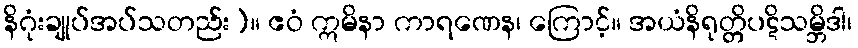
နိဂုံးချုပ်အပ်သတည်း)။ ဧဝံ ဣမိနာ ကာရဏေန၊ ကြောင့်။ အယံနိရုတ္တိပဋိသမ္ဘိဒါ၊